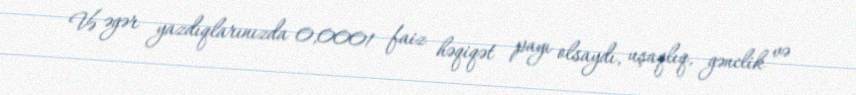
Və əgər yazdıqlarınızda 0,0001 faiz həqiqət payı olsaydı, uşaqlıq, gənclik və